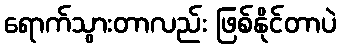
ရောက်သွားတာလည်း ဖြစ်နိုင်တာပဲ